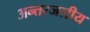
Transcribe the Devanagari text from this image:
अन्‍तरजलीय